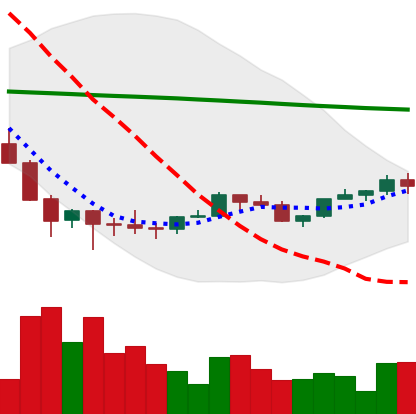
Ticker: LINK-USD
Chart end date: 2022-02-08
Forward return: -14.601%
Label: down_7plus